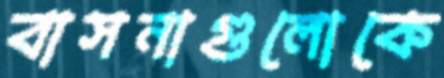
বাসনাগুলোকে